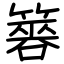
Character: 簭